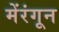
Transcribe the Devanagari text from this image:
मेंरंगून